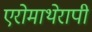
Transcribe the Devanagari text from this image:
एरोमाथेरापी